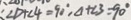
: \angle D + \angle 4 = 9 0 ^ { \circ } , \Delta + \angle 3 = 9 0 ^ { \circ }